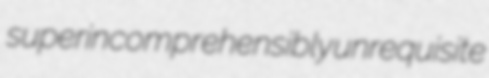
superincomprehensibly unrequisite